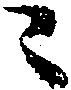
こ